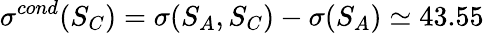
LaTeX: \sigma^{cond}(S_{C})=\sigma(S_{A},S_{C})-\sigma(S_{A})\simeq 43.55